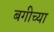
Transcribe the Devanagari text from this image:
बगीच्या